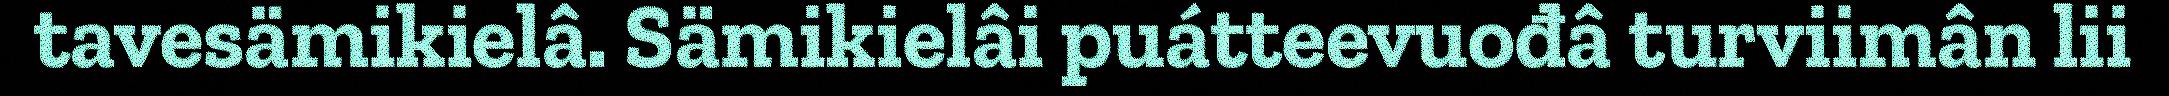
tavesämikielâ. Sämikielâi puátteevuođâ turviimân lii